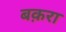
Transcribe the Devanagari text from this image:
बक़रा